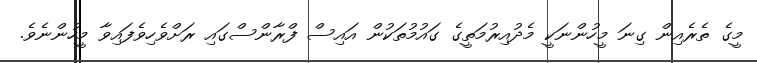
މީގެ ތެރެއިން ގިނަ މީހުންނަކީ މެދުއިރުމަތީގެ ގައުމުތަކުން އައިސް ފްރާންސްގައި ރަށްވެހިވެފައިވާ މީހުންނެވެ.